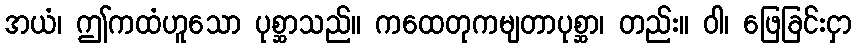
အယံ၊ ဤကထံဟူသော ပုစ္ဆာသည်။ ကထေတုကမျတာပုစ္ဆာ၊ တည်း။ ဝါ၊ ဖြေခြင်းငှာ